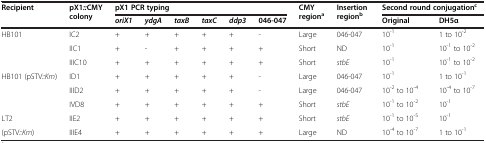
<table><thead><tr><td><b>Recipient</b></td><td><b>pX1 <i>:: </i>CMY colony</b></td><td colspan="6"><b>pX1 PCR typing</b></td><td><b>CMY region<sup>a</sup></b></td><td><b>Insertion region<sup>b</sup></b></td><td colspan="2"><b>Second round conjugation<sup>c</sup></b></td></tr><tr><td><b> </b></td><td><b> </b></td><td><b><i>oriX1</i></b></td><td><b><i>ydgA</i></b></td><td><b><i>taxB</i></b></td><td><b><i>taxC</i></b></td><td><b><i>ddp3</i></b></td><td><b>046-047</b></td><td><b> </b></td><td><b> </b></td><td><b>Original</b></td><td><b>DH5α</b></td></tr></thead><tbody><tr><td>HB101</td><td>IC2</td><td>+</td><td>+</td><td>+</td><td>+</td><td>+</td><td>-</td><td>Large</td><td>046-047</td><td>10<sup>-1</sup></td><td>1 to 10<sup>-2</sup></td></tr><tr><td> </td><td>IIC1</td><td>+</td><td>-</td><td>+</td><td>+</td><td>+</td><td>+</td><td>Short</td><td>ND</td><td>10<sup>-1</sup></td><td>10<sup>-1</sup> to 10<sup>-2</sup></td></tr><tr><td> </td><td>IIIC10</td><td>+</td><td>+</td><td>+</td><td>+</td><td>+</td><td>+</td><td>Short</td><td><i>stbE</i></td><td>10<sup>-1</sup></td><td>10<sup>-1</sup> to 10<sup>-2</sup></td></tr><tr><td rowspan="2">HB101 (pSTV<i>::Km</i>)</td><td>ID1</td><td>+</td><td>+</td><td>+</td><td>+</td><td>+</td><td>-</td><td>Large</td><td>046-047</td><td>10<sup>-1</sup></td><td>1 to 10<sup>-1</sup></td></tr><tr><td>IIID2</td><td>+</td><td>+</td><td>+</td><td>+</td><td>+</td><td>-</td><td>Large</td><td>046-047</td><td>10<sup>-2</sup> to 10<sup>-4</sup></td><td>10<sup>-4</sup> to 10<sup>-7</sup></td></tr><tr><td> </td><td>IVD8</td><td>+</td><td>+</td><td>+</td><td>+</td><td>+</td><td>+</td><td>Short</td><td><i>stbE</i></td><td>10<sup>-1</sup> to 10<sup>-2</sup></td><td>10<sup>-1</sup></td></tr><tr><td>LT2</td><td>IIE2</td><td>+</td><td>+</td><td>+</td><td>+</td><td>+</td><td>+</td><td>Short</td><td><i>stbE</i></td><td>10<sup>-1</sup> to 10<sup>-5</sup></td><td>10<sup>-1</sup></td></tr><tr><td>(pSTV<i>::Km</i>)</td><td>IIIE4</td><td>+</td><td>+</td><td>+</td><td>+</td><td>+</td><td>+</td><td>Large</td><td>ND</td><td>10<sup>-4</sup> to 10<sup>-7</sup></td><td>1 to 10<sup>-1</sup></td></tr></tbody></table>